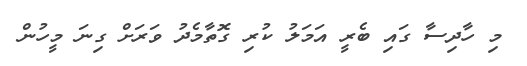
މި ހާދިސާ ގައި ބެރީ އަމަލު ކުރި ގޮތާމެދު ވަރަށް ގިނަ މީހުން